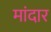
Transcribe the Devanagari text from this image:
मांदार